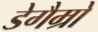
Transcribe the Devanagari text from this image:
डेगैम्रो